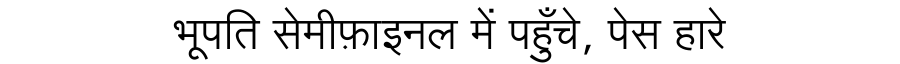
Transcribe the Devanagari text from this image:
भूपति सेमीफ़ाइनल में पहुँचे, पेस हारे